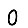
Digit: 0